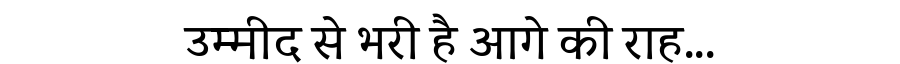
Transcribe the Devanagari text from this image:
उम्मीद से भरी है आगे की राह...